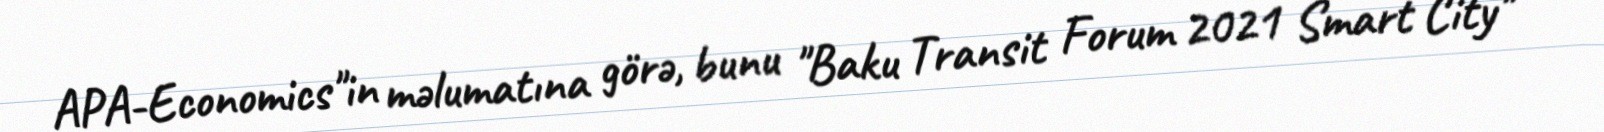
APA-Economics"in məlumatına görə, bunu "Baku Transit Forum 2021 Smart City"